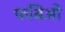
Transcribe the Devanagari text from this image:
फबिओ